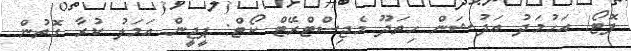
ފޮޓޯ/ އަހުމަދު އަދުޝަން ހިތަދޫ މެޖިސްޓްރޭޓް ކޯޓް: ޕީޖީން އަމަލު ކުރާ ގޮތުން